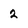
Character: 2